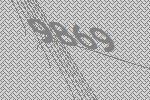
9869